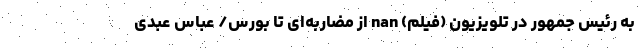
به رئیس جمهور در تلویزیون (فیلم) nan از مضاربه‌ای تا بورس/ عباس عبدی